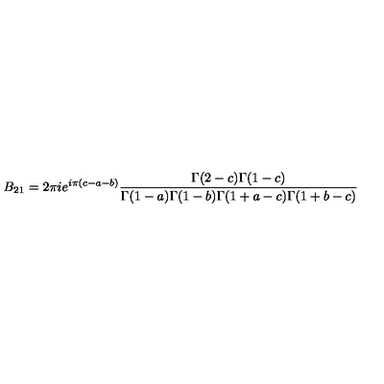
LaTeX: B _ { 2 1 } = 2 \pi i e ^ { i \pi ( c - a - b ) } \frac { \Gamma ( 2 - c ) \Gamma ( 1 - c ) } { \Gamma ( 1 - a ) \Gamma ( 1 - b ) \Gamma ( 1 + a - c ) \Gamma ( 1 + b - c ) }